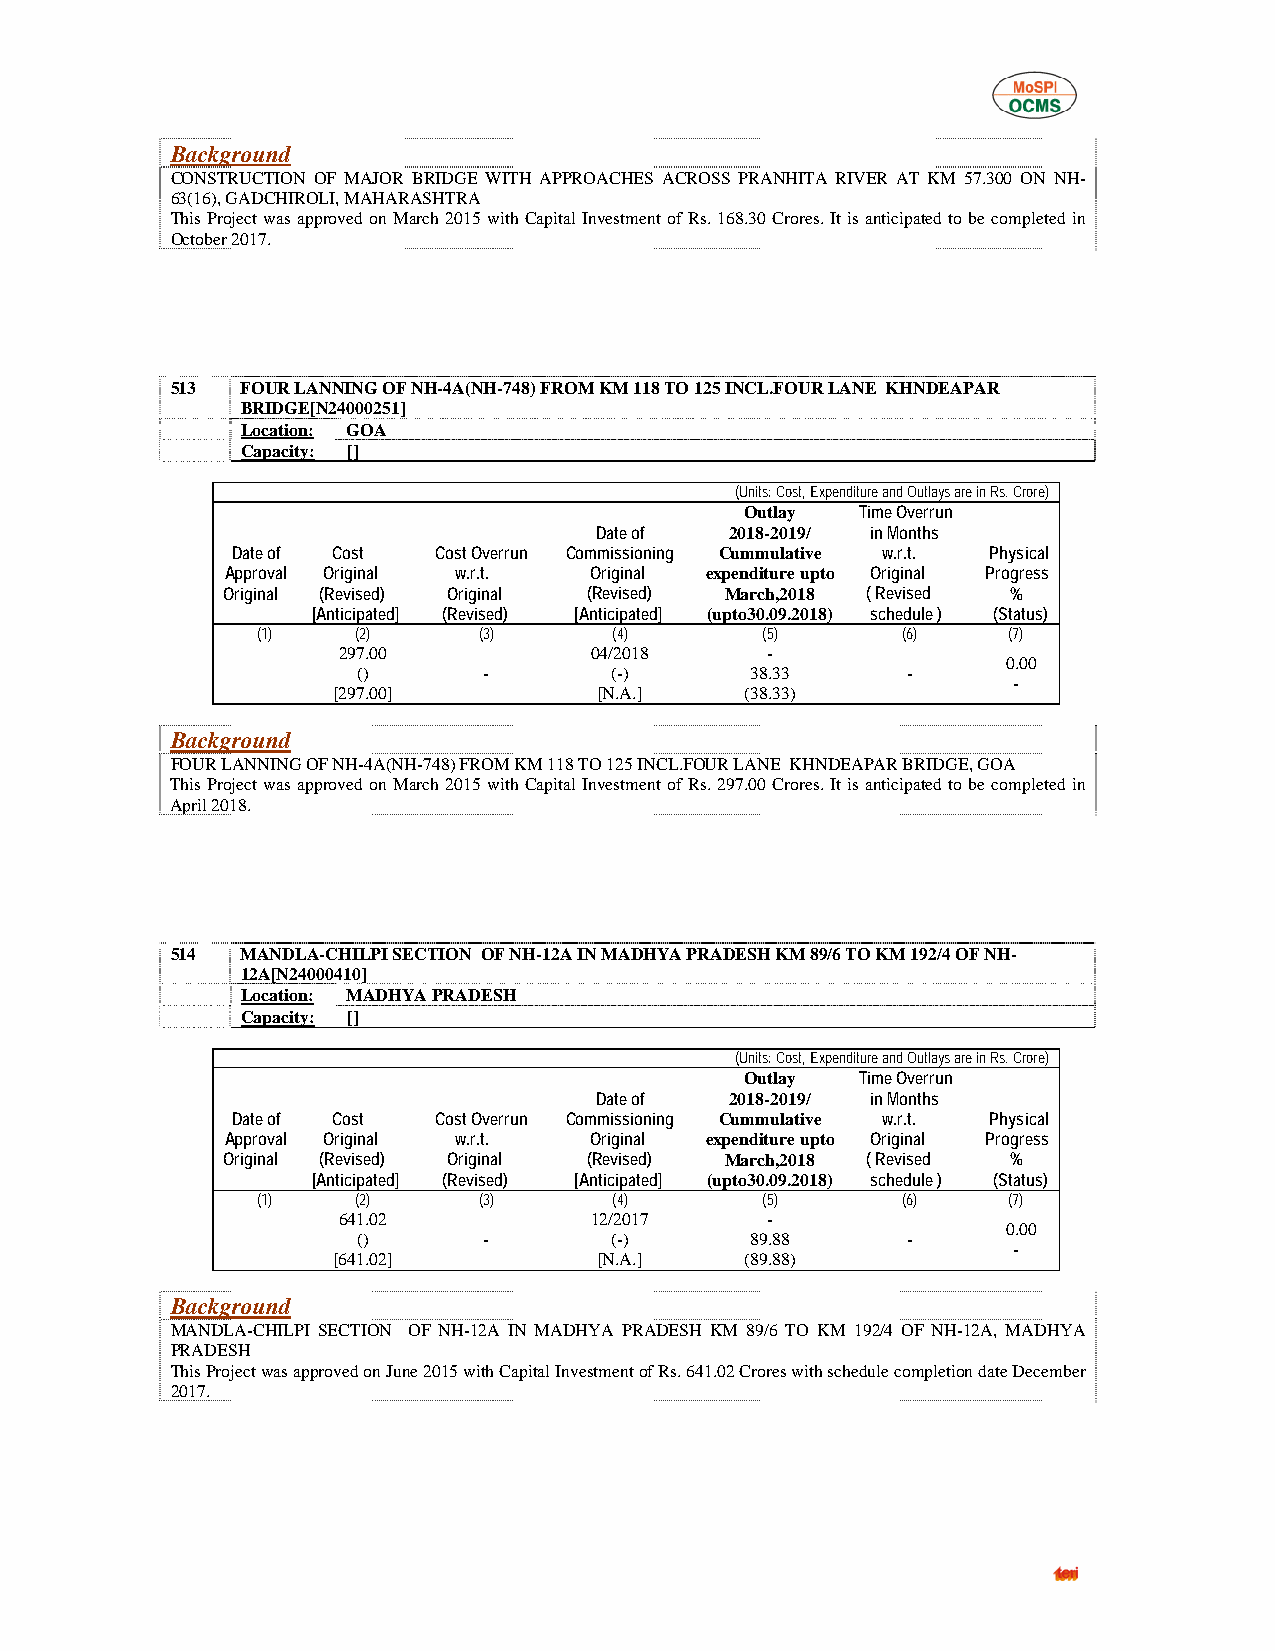
Background
 CONSTRUCTION OF MAJOR BRIDGE WITH APPROACHES ACROSS PRANHITA RIVER AT KM 57.300 ON NH-
 63(16), GADCHIROLI, MAHARASHTRA
 This Project was approved on March 2015 with Capital Investment of Rs. 168.30 Crores. It is anticipated to be completed in
 October 2017.
 513  FOUR LANNING OF NH-4A(NH-748) FROM KM 118 TO 125 INCL.FOUR LANE KHNDEAPAR
 BRIDGE[N24000251]
 Location: GOA
 Capacity: []
 (Units: Cost, Expenditure and Outlays are in Rs. Crore)
 Outlay  Time Overrun
 Date of  2018-2019/ in Months
 Date of Cost  Cost Overrun Commissioning Cummulative w.r.t. Physical
 Approval Original w.r.t. Original expenditure upto Original Progress
 Original (Revised) Original (Revised) March,2018 ( Revised %
 [Anticipated] (Revised) [Anticipated] (upto30.09.2018) schedule ) (Status)
 (1)    (2)     (3)      (4)      (5)       (6)    (7)
 297.00           04/2018     -
 0.00
 ()      -       (-)       38.33     -
 -
 [297.00]          [N.A.]   (38.33)
 Background
 FOUR LANNING OF NH-4A(NH-748) FROM KM 118 TO 125 INCL.FOUR LANE KHNDEAPAR BRIDGE, GOA
 This Project was approved on March 2015 with Capital Investment of Rs. 297.00 Crores. It is anticipated to be completed in
 April 2018.
 514  MANDLA-CHILPI SECTION OF NH-12A IN MADHYA PRADESH KM 89/6 TO KM 192/4 OF NH-
 12A[N24000410]
 Location: MADHYA PRADESH
 Capacity: []
 (Units: Cost, Expenditure and Outlays are in Rs. Crore)
 Outlay  Time Overrun
 Date of  2018-2019/ in Months
 Date of Cost  Cost Overrun Commissioning Cummulative w.r.t. Physical
 Approval Original w.r.t. Original expenditure upto Original Progress
 Original (Revised) Original (Revised) March,2018 ( Revised %
 [Anticipated] (Revised) [Anticipated] (upto30.09.2018) schedule ) (Status)
 (1)    (2)     (3)      (4)      (5)       (6)    (7)
 641.02           12/2017     -
 0.00
 ()      -       (-)       89.88     -
 -
 [641.02]          [N.A.]   (89.88)
 Background
 MANDLA-CHILPI SECTION OF NH-12A IN MADHYA PRADESH KM 89/6 TO KM 192/4 OF NH-12A, MADHYA
 PRADESH
 This Project was approved on June 2015 with Capital Investment of Rs. 641.02 Crores with schedule completion date December
 2017.